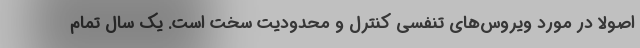
اصولاً در مورد ویروس‌های تنفسی کنترل و محدودیت سخت است. یک سال تمام